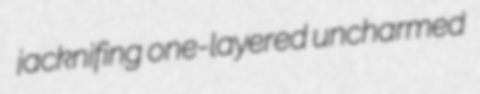
jacknifing one-layered uncharmed